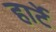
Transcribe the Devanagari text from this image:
हार्टे